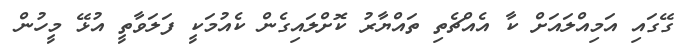
ގޭގައި އަމިއްލައަށް ކާ އެއްޗެތި ތައްޔާރު ކޮށްލައިގެން ކެއުމަކީ ފަލަވާތީ އުޅޭ މީހުން